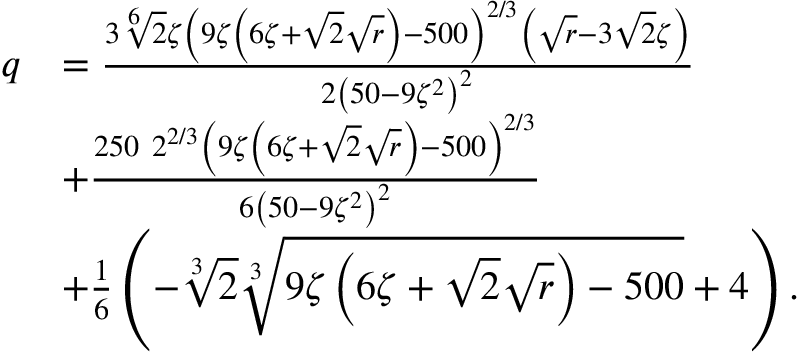
\begin{array} { r l } { q } & { = \frac { 3 \sqrt [ 6 ] { 2 } \zeta \left( 9 \zeta \left( 6 \zeta + \sqrt { 2 } \sqrt { r } \right) - 5 0 0 \right) ^ { 2 / 3 } \left( \sqrt { r } - 3 \sqrt { 2 } \zeta \right) } { 2 \left( 5 0 - 9 \zeta ^ { 2 } \right) ^ { 2 } } } \\ & { + \frac { 2 5 0 \ 2 ^ { 2 / 3 } \left( 9 \zeta \left( 6 \zeta + \sqrt { 2 } \sqrt { r } \right) - 5 0 0 \right) ^ { 2 / 3 } } { 6 \left( 5 0 - 9 \zeta ^ { 2 } \right) ^ { 2 } } } \\ & { + \frac { 1 } { 6 } \left( - \sqrt [ 3 ] { 2 } \sqrt [ 3 ] { 9 \zeta \left( 6 \zeta + \sqrt { 2 } \sqrt { r } \right) - 5 0 0 } + 4 \right) . } \end{array}